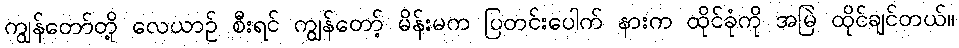
ကျွန်တော်တို့ လေယာဉ် စီးရင် ကျွန်တော့် မိန်းမက ပြတင်းပေါက် နားက ထိုင်ခုံကို အမြဲ ထိုင်ချင်တယ်။